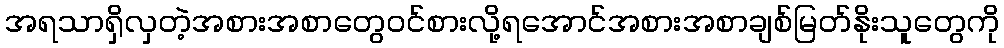
အရသာရှိလှတဲ့အစားအစာတွေဝင်စားလို့ရအောင်အစားအစာချစ်မြတ်နိုးသူတွေကို